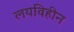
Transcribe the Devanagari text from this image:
लयविहीन